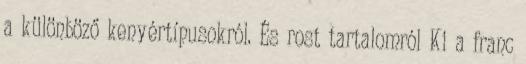
a különböző kenyértípusokról. És rost tartalomról Ki a franc